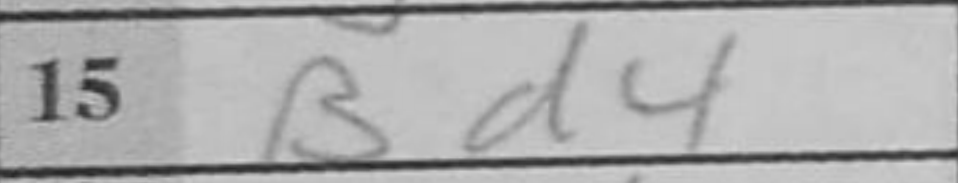
Transcription: Bd4